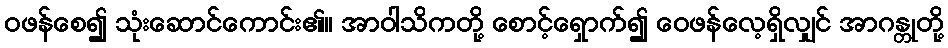
ဝဖန်စေ၍ သုံးဆောင်ကောင်း၏။ အာဝါသိကတို့ စောင့်ရှောက်၍ ဝေဖန်လေ့ရှိလျှင် အာဂန္တုတို့